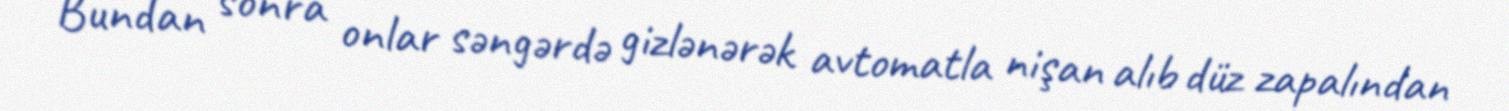
Bundan sonra onlar səngərdə gizlənərək avtomatla nişan alıb düz zapalından